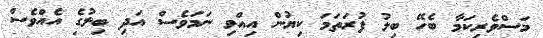
މަސްވެރިކަމާ ބެހޭ ބިލު ފުރަތަމަ ކިޔުން އިއްވި ނަމަވެސް އަދި ބިލުގެ އެއްވެސް